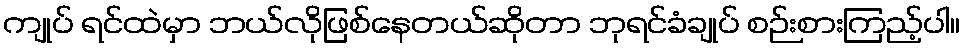
ကျုပ် ရင်ထဲမှာ ဘယ်လိုဖြစ်နေတယ်ဆိုတာ ဘုရင်ခံချုပ် စဉ်းစားကြည့်ပါ။